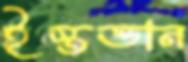
ইস্তভান